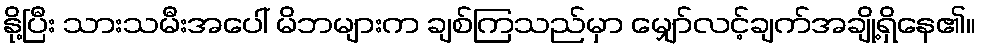
နို့ပြီး သားသမီးအပေါ် မိဘများက ချစ်ကြသည်မှာ မျှော်လင့်ချက်အချို့ရှိနေ၏။